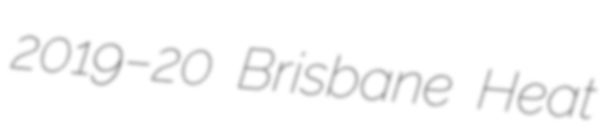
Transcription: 2019–20 Brisbane Heat